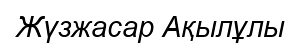
Жүзжасар Ақылұлы